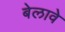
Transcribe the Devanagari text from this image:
बेलावे